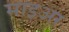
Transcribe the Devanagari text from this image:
माइअर